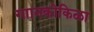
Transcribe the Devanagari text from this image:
गाानकोकिळा